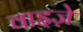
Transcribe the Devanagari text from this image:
वाइज़े